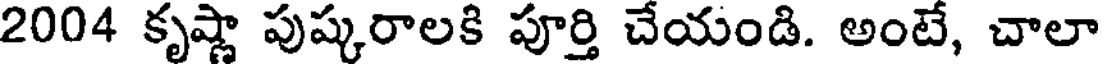
2004 కృష్ణా పుష్కరాలకి పూర్తి చేయండి. అంటే, చాలా